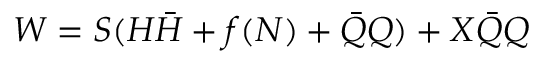
W = S ( H \bar { H } + f ( N ) + \bar { Q } Q ) + X \bar { Q } Q